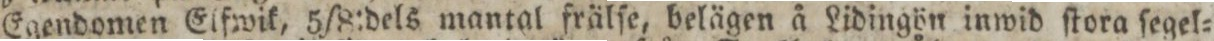
Egendomen Elfwik, 5/8:dels mantal frälſe, belägen å Lidingön inwid ſtora ſegel=